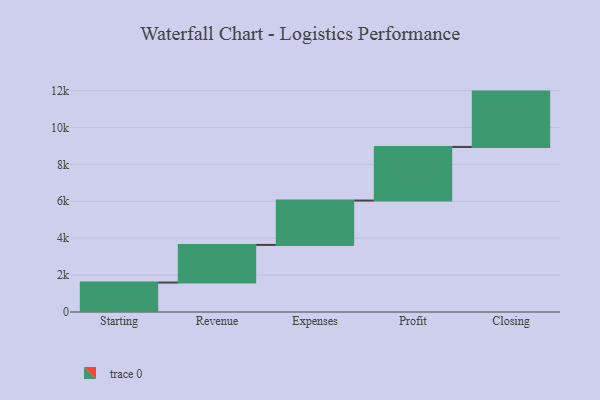
{"axis": {"x": "Step", "y": "Value"}, "legend": [""], "data": [{"x": "Starting", "y": 1596.0, "type": ""}, {"x": "Revenue", "y": 2039.0, "type": ""}, {"x": "Expenses", "y": 2406.0, "type": ""}, {"x": "Profit", "y": 2904.0, "type": ""}, {"x": "Closing", "y": 3000, "type": ""}]}